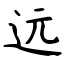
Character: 远